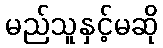
မည်သူနှင့်မဆို